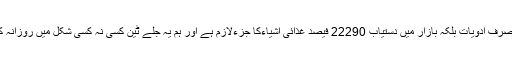
جلے ٹین نہ صرف ادویات بلکہ بازار میں دستیاب 22290 فیصد غذائی اشیاءکا جزءلازم ہے اور ہم یہ جلے ٹین کسی نہ کسی شکل میں روزانہ کھا رہے ہیں۔